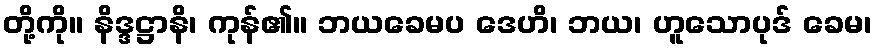
တို့ကို။ နိဒ္ဒဋ္ဌာနိ၊ ကုန်၏။ ဘယခေမပ ဒေဟိ၊ ဘယ၊ ဟူသောပုဒ် ခေမ၊